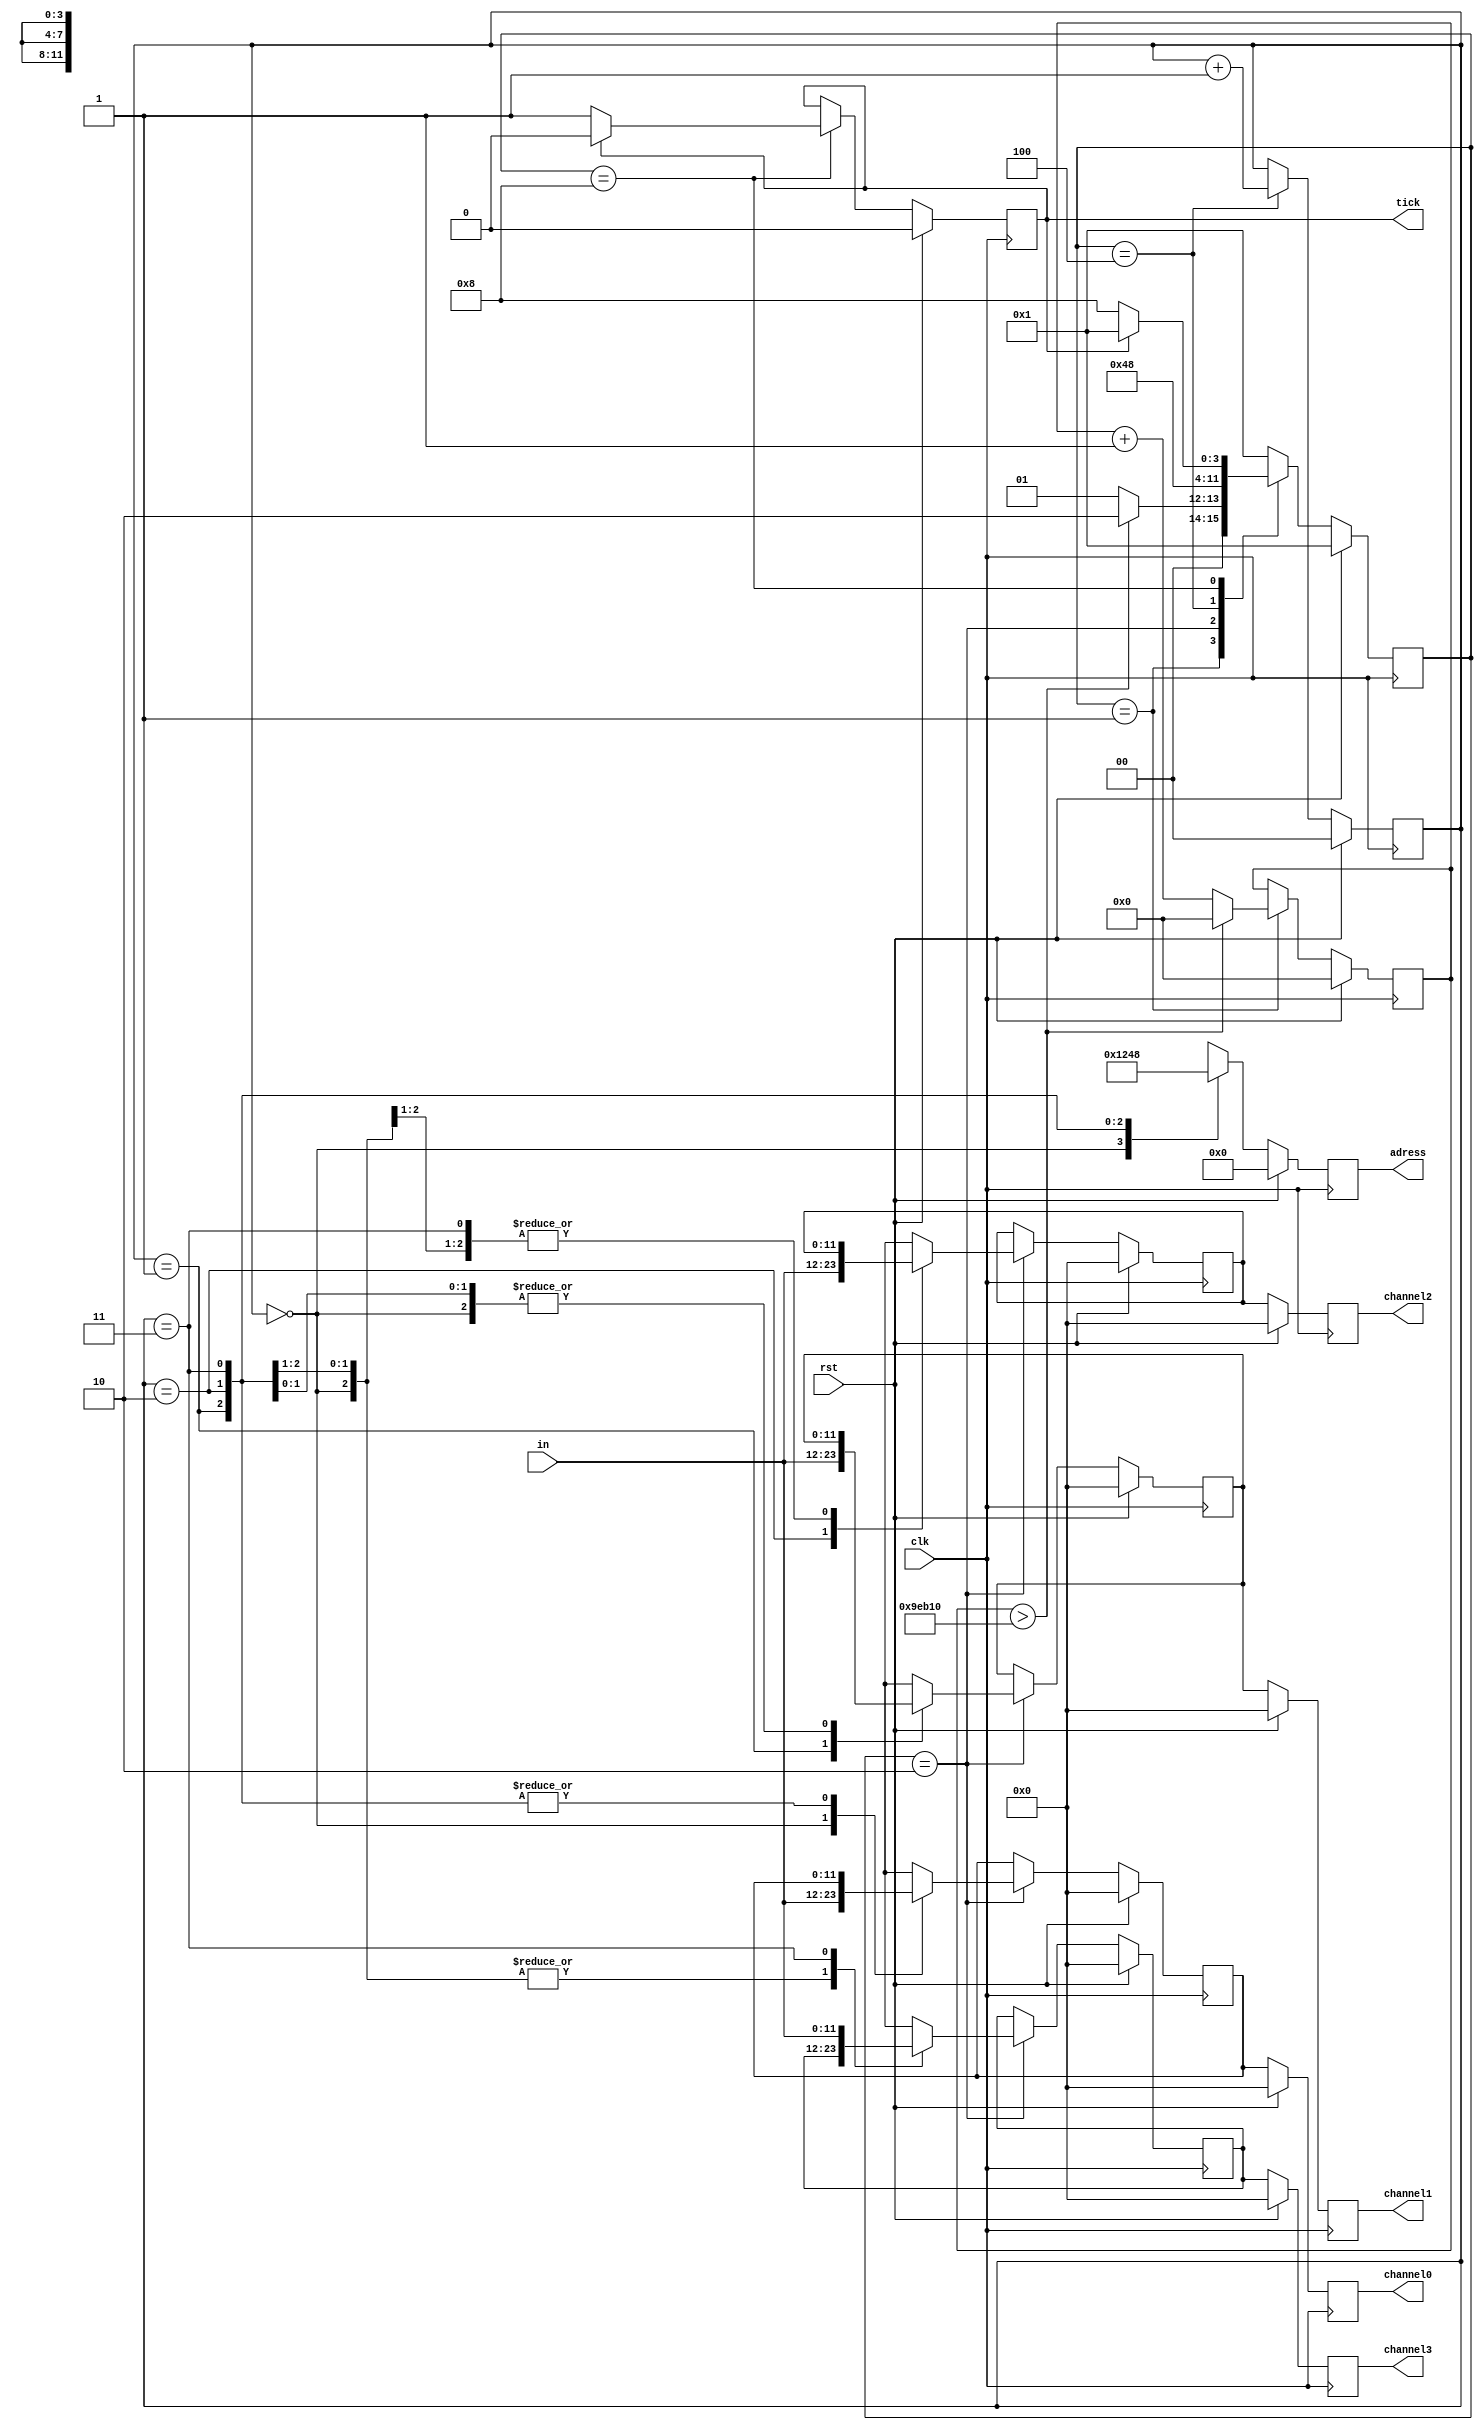
//////////////////////////////////////////////////////////////////////////////////
//
// Company: AGH_University
// 
// Design Name:         pmod_control
// Module Name:         pmod_control
// Project Name:        voltmeter
// Target Devices: 
// Tool versions:       2018.2
// Description:         This is the FSM for pmodAD2 that reads data from all channels.
//
// Dependencies: 
//
// Revision: 
// Revision 0.01 - File Created
// Additional Comments:         using Verilog-2001 syntax.
//
// The `timescale directive specifies what the
// simulation time units are (1 ns here) and what
// the simulator time step should be (1 ps here).
//              
//////////////////////////////////////////////////////////////////////////////////

`timescale 1 ns / 1 ps

module pmod_control (
                input wire clk,
                input wire rst,
                input wire [11:0] in,

                output reg [3:0] adress,
                output reg tick,
                
                output reg [11:0] channel0,
                output reg [11:0] channel1,
                output reg [11:0] channel2,
                output reg [11:0] channel3
                
        );

        localparam      IDLE            = 4'b0001,
                        SAVE_DATA       = 4'b0010,
                        CHANGE_CHANNEL  = 4'b0100,
                        GENERATE_TICK   = 4'b1000;

        localparam TIME2WAIT = 650_000;                 //reads data with 100 Hz frequency 

        integer i;
        reg [3:0] state,state_nxt;
        reg [31:0] counter,counter_nxt;

        reg tick_nxt;
        reg [11:0] channel [0:3],channel_nxt [0:3];
        reg [1:0]  channel_number,channel_number_nxt;
        reg [3:0]  adress_nxt;

        reg [11:0] channel0_nxt;
        reg [11:0] channel1_nxt;
        reg [11:0] channel2_nxt;
        reg [11:0] channel3_nxt;

        always @(posedge clk) begin
                if(rst) 
                        state <= IDLE;
                else
                        state <= state_nxt;    
        end

        always @* begin
                state_nxt = state;
                case(state)
                IDLE:           state_nxt = (counter > TIME2WAIT)       ?   SAVE_DATA   : IDLE;
                SAVE_DATA:      state_nxt = CHANGE_CHANNEL; 
                CHANGE_CHANNEL: state_nxt = GENERATE_TICK;
                GENERATE_TICK:  state_nxt = (tick == 1'b1)              ?   IDLE        : GENERATE_TICK;
                default:        state_nxt = IDLE;
                endcase
        end

        always @(posedge clk) begin
                if(rst) begin
                        counter         <= 32'b0;
                        tick            <= 1'b0;
                        channel_number  <= 2'b0;
                        for(i = 0;i < 4;i = i + 1)
                                channel[i]  <= 16'b0;
                        adress          <= 8'b0;
                        channel0        <= 12'b0;
                        channel1        <= 12'b0;
                        channel2        <= 12'b0;
                        channel3        <= 12'b0;
                end else begin
                        counter         <= counter_nxt;
                        tick            <= tick_nxt;
                        channel_number  <= channel_number_nxt;
                        for(i = 0;i < 4;i = i + 1)
                                channel[i]  <= channel_nxt[i];
                        adress          <= adress_nxt;
                        channel0        <= channel0_nxt;
                        channel1        <= channel1_nxt;
                        channel2        <= channel2_nxt;
                        channel3        <= channel3_nxt;
                end
        end

        always @* begin
                counter_nxt             = counter;
                for(i = 0;i < 4;i = i + 1)
                            channel_nxt[i] = channel[i];
                tick_nxt                = tick;
                channel_number_nxt      = channel_number;
                case(state)
                IDLE:           counter_nxt     = (counter > TIME2WAIT)         ? 32'b0 : counter + 1;
                SAVE_DATA:      channel_nxt[channel_number] = in;
                CHANGE_CHANNEL: channel_number_nxt = channel_number + 1; 
                GENERATE_TICK:  tick_nxt        = (tick == 1'b0)                ? 1'b1  : 1'b0;
                endcase
        end

        always @* begin
                case (channel_number)
                0: adress_nxt = 4'b0001;
                1: adress_nxt = 4'b0010;
                2: adress_nxt = 4'b0100;
                3: adress_nxt = 4'b1000;
                default: adress_nxt = 4'b0010;
                endcase  
        end

        always @* begin
                channel0_nxt = channel[0];
                channel1_nxt = channel[1];
                channel2_nxt = channel[2];
                channel3_nxt = channel[3];
        end
        
endmodule